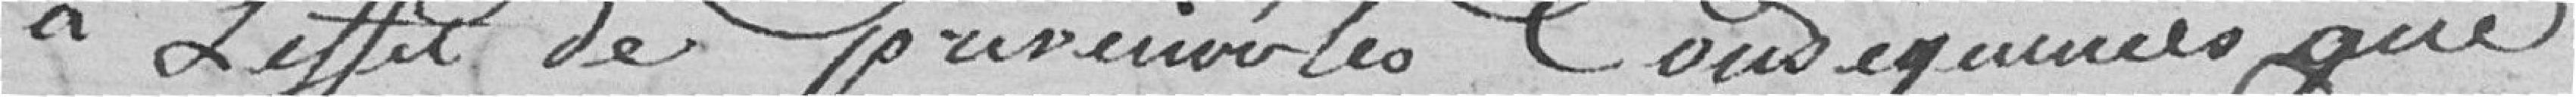
à l'effet de prévenir les conséquences que